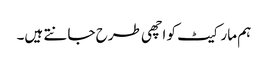
ہم مارکیٹ کو اچھی طرح جانتے ہیں۔